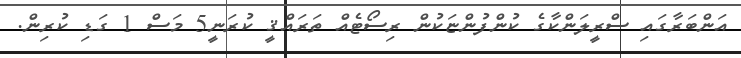
އަންބަރާގައި ސްރީލަންކާގެ ކުންފުންޏަކުން ރިސޯޓެއް ތަރައްޤީ ކުރަނީ5 މަސް 1 ގަޑި ކުރިން.